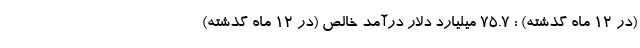
(در ۱۲ ماه گذشته) : ۷۵.۷ میلیارد دلار درآمد خالص (در ۱۲ ماه گذشته)